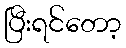
ပြီးရင်တော့